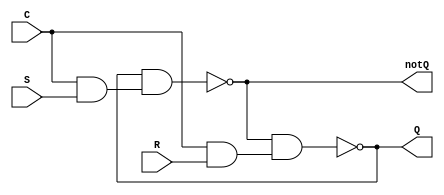
module Gated_SR_latch (C, S, R, Q, notQ);
  input C, S, R;
  output Q, notQ;

  wire CnandS, CnandR, notS, notR;

  nand #2 g1_1(CnandS,C,S);
  nand #2 g1_2(CnandR,C,R);

  not #1 g2_1(notS,CnandS);
  not #1 g2_2(notR,CnandR);

  nand #2 g3_1(Q,notQ,notR);
  nand #2 g3_2(notQ,Q,notS);

endmodule